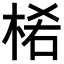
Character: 𣒅